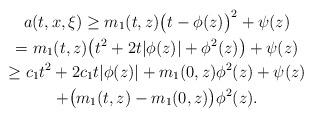
LaTeX: \begin{gather*}a(t, x, \xi)\geq m_1(t, z)\big(t-\phi(z)\big)^2+\psi(z)\\=m_1(t, z)\big(t^2+2t|\phi(z)|+\phi^2(z)\big)+\psi(z)\\\geq c_1t^2+2c_1t|\phi(z)|+m_1(0, z)\phi^2(z)+\psi(z)\\+\big(m_1(t, z)-m_1(0, z)\big)\phi^2(z).\end{gather*}